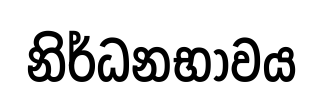
නිර්ධනභාවය